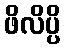
ဖိလိပ္ပိ